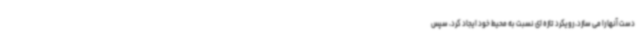
دست آنها را می سازد، رویکرد تازه ای نسبت به محیط خود ایجاد کرد، سپس